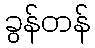
ခွန်တန်